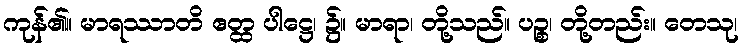
ကုန်၏။ မာရဿာတိ ဧတ္ထ ပါဋ္ဌေ၊ ၌။ မာရာ၊ တို့သည်။ ပဉ္စ၊ တို့တည်း။ တေသု၊